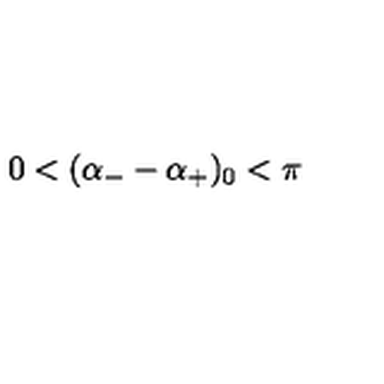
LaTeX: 0 < ( \alpha _ { - } - \alpha _ { + } ) _ { 0 } < \pi \,